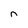
Character: n